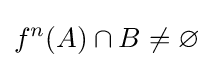
f^{n}(A)\cap B\neq \varnothing